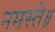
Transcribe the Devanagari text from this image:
नमस्ते॥